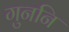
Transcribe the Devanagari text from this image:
गुननि